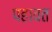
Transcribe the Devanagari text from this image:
पहावत